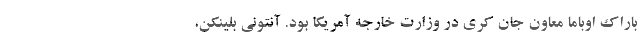
باراک اوباما معاون جان کری در وزارت خارجه آمریکا بود. آنتونی بلینکن،